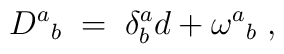
D^{a}{}_{b}\; =\; \delta ^{a}_{b}d+\omega ^{a}{}_{b}\; ,